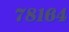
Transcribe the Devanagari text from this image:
७८१६४